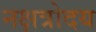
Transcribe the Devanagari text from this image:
नक्षत्रोदय